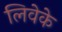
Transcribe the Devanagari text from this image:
लिवेके